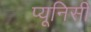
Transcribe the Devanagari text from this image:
प्यूनिसी